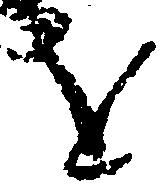
を